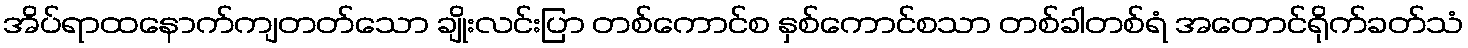
အိပ်ရာထနောက်ကျတတ်သော ချိုးလင်းပြာ တစ်ကောင်စ နှစ်ကောင်စသာ တစ်ခါတစ်ရံ အတောင်ရိုက်ခတ်သံ